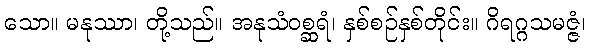
သော။ မနုဿာ၊ တို့သည်။ အနုသံဝစ္ဆရံ၊ နှစ်စဉ်နှစ်တိုင်း။ ဂိရဂ္ဂသမဇ္ဇံ၊